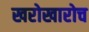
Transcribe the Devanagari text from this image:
खरोखारोच